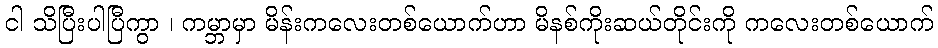
ငါ သိပြီးပါပြီကွာ ၊ ကမ္ဘာမှာ မိန်းကလေးတစ်ယောက်ဟာ မိနစ်ကိုးဆယ်တိုင်းကို ကလေးတစ်ယောက်